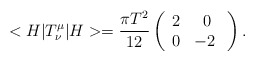
\begin{align*}<H|T^\mu_\nu|H>=\frac{\pi T^{2}}{12}\left(\begin{array}{cc} 2 & 0 \\ 0 &-2 \ \end{array}\right).\end{align*}